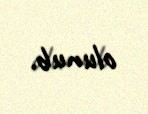
olunub.